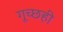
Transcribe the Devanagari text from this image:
गूच्छही